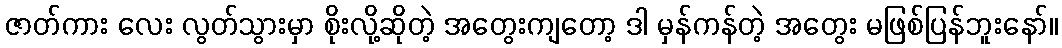
ဇာတ်ကား လေး လွတ်သွားမှာ စိုးလို့ဆိုတဲ့ အတွေးကျတော့ ဒါ မှန်ကန်တဲ့ အတွေး မဖြစ်ပြန်ဘူးနော်။